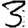
Digit: 3